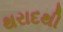
થરાદથી